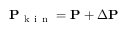
\mathbf { P } _ { \mathrm { ~ k ~ i ~ n ~ } } = \mathbf { P } + \Delta \mathbf { P }